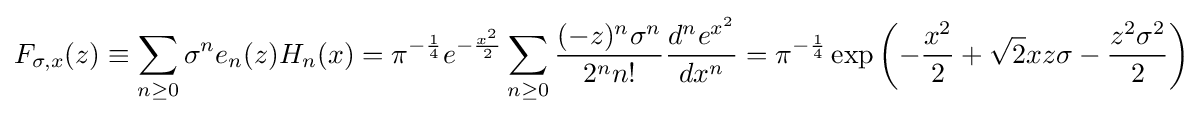
F_{\sigma ,x}(z)\equiv \sum _{n\geq 0}\sigma ^{n}e_{n}(z)H_{n}(x)=\pi ^{-{1 \over 4}}e^{-{\frac {x^{2}}{2}}}\sum _{n\geq 0}{(-z)^{n}\sigma ^{n} \over 2^{n}n!}{d^{n}e^{x^{2}} \over dx^{n}}=\pi ^{-{\frac {1}{4}}}\exp \left(-{x^{2} \over 2}+{\sqrt {2}}xz\sigma -{z^{2}\sigma ^{2} \over 2}\right)